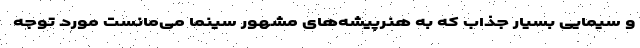
و سیمایی بسیار جذاب که به هنرپیشه‌های مشهور سینما می‌مانست مورد توجه